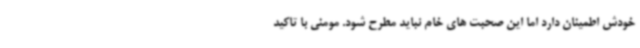
خودش اطمینان دارد اما این صحبت های خام نباید مطرح شود. مومنی با تاکید